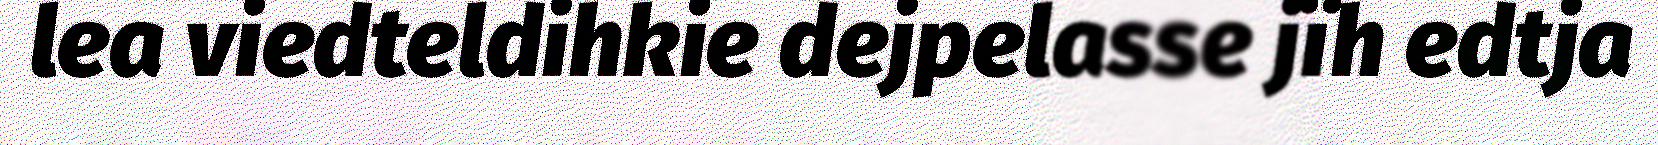
lea viedteldihkie dejpelasse jïh edtja